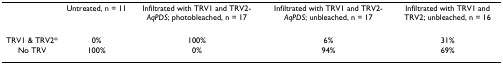
<table><thead><tr><td></td><td><b>Untreated, n = 11</b></td><td><b>Infiltrated with TRV1 and TRV2-<i>AqPDS</i>; photobleached, n = 17</b></td><td><b>Infiltrated with TRV1 and TRV2-<i>AqPDS</i>; unbleached, n = 17</b></td><td><b>Infiltrated with TRV1 and TRV2; unbleached, n = 16</b></td></tr></thead><tbody><tr><td>TRV1 &amp; TRV2*</td><td>0%</td><td>100%</td><td>6%</td><td>31%</td></tr><tr><td>No TRV</td><td>100%</td><td>0%</td><td>94%</td><td>69%</td></tr></tbody></table>